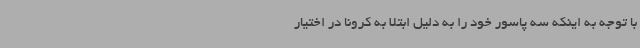
با توجه به اینکه سه پاسور خود را به دلیل ابتلا به‌ کرونا در اختیار